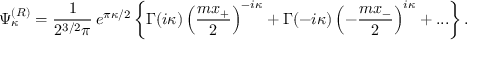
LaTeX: \Psi _ { \kappa } ^ { ( R ) } = \frac 1 { 2 ^ { 3 / 2 } \pi } \, e ^ { \pi \kappa / 2 } \left\{ \Gamma ( i \kappa ) \left( \frac { m x _ { + } } 2 \right) ^ { - i \kappa } + \Gamma ( - i \kappa ) \left( - \frac { m x _ { - } } 2 \right) ^ { i \kappa } + . . . \right\} .